Vaccination United Provinces of Agra and Oudh 1923-1928 - 1923-1928
Year: 1923
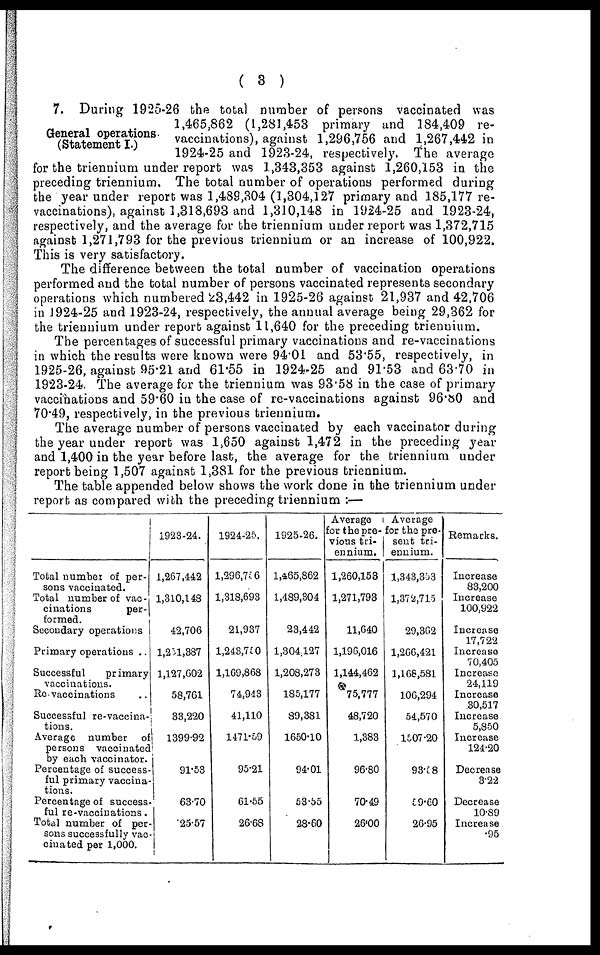
( 3 )
General operations
(Statement I.)
7. During 1925-26 the total number of persons vaccinated was
1,465,862 (1,281,453 primary and 184,409 re¬
vaccinations), against 1,296,756 and 1,267,442 in
1924-25 and 1923-24, respectively , The average
for the triennium under report was 1,343,353 against 1,260,153 in the
preceding triennium. The total number of operations performed during
the year under report was 1,489,304 (1,304,127 primary and 185,177 re-
vaccinations), against 1,318,693 and 1,310,148 in 1924-25 and 1923-24,
respectively, and the average for the triennium under report was 1,372,715
against 1,271,793 for the previous triennium or an increase of 100,922.
This is very satisfactory.
The difference between the total number of vaccination operations
performed and the total number of persons vaccinated represents secondary
operations which numbered 23,442 in 1925-26 against 21,937 and 42,706
in 1924-25 and 1923-24, respectively, the annual average being 29,362 for
the triennium under report against 11,640 for the preceding triennium.
The percentages of successful primary vaccinations and re-vaccinations
in which the results were known were 94.01 and 53.55, respectively, in
1925-26, against 95.21 and 61.55 in 1924-25 and 91.53 and 63.70 in
1923-24. The average for the triennium was 93.58 in the case of primary
vaccinations and 59.60 in the case of re-vaccinations against 96.80 and
70.49, respectively, in the previous triennium.
The average number of persons vaccinated by each vaccinator during
the year under report was 1,650 against 1,472 in the preceding year
and 1,400 in the year before last, the average for the triennium under
report being 1,507 against 1,381 for the previous triennium.
The table appended below shows the work done in the triennium under
report as compared with the preceding triennium :—
Total number of per-
sons vaccinated.
Total number of vac-
cinations
per-
formed.
Secondary operations
Primary operations ..
Successful
primary
vaccinations.
Re-vaccinations ..
Successful re-vaccina-
tions.
Average number of
persons vaccinated
by each vaccinator.
Percentage of success-
ful primary vaccina¬
tions.
Percentage of success
ful re-vaccinations.
Total number of per¬
sons successfully vac¬
cinated per 1,000.
1923-24.
1,267,442
1,310,148
42,706
l,251,387
1,127,602
58,761
33,220
1399.92
91.53
63.70
25.57
1924-25.
1,296,756
1,318,693
21,937
1,243,750
1,169,868
74,943
41,110
1471.59
95.21
61.55
26.68
1925-26.
1,465,862
1,489,304
23,442
1,304,127
1,208,273
185,177
89,381
1650.10
94.01
53.55
28.60
Average
for the pre-
vious tri-
ennium.
1,260,153
1,271,793
11,640
1,196,016
1,144,462
75,777
48,720
1,383
96.80
70.49
26.00
Average
for the pre¬
sent tri-
ennium.
1,348,353
1,372,715
29,362
1,266,421
1,168,581
106,294
54,570
1507.20
93.58
59.60
26.95
Remarks.
Increase
83,200
Increase
100,922
Increase
17,722
Increase
70,405
Increase
24,119
Increase
30,517
Increase
5,850
Increase
124.20
Decrease
3.22
Decrease
10.89
Increase
.95